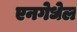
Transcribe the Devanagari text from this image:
एनगेधेल